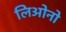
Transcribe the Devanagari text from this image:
लिओनो